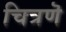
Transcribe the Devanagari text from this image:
चित्रणॆ